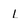
Character: l